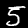
Digit: 5